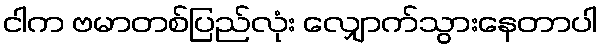
ငါက ဗမာတစ်ပြည်လုံး လျှောက်သွားနေတာပါ